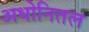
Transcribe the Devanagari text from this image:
अधोनितल